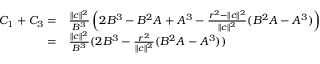
\begin{array} { r l } { C _ { 1 } + C _ { 3 } = } & { \frac { \| c \| ^ { 2 } } { B ^ { 3 } } \left( 2 B ^ { 3 } - B ^ { 2 } A + A ^ { 3 } - \frac { r ^ { 2 } - \| c \| ^ { 2 } } { \| c \| ^ { 2 } } ( B ^ { 2 } A - A ^ { 3 } ) \right) } \\ { = } & { \frac { \| c \| ^ { 2 } } { B ^ { 3 } } ( 2 B ^ { 3 } - \frac { r ^ { 2 } } { \| c \| ^ { 2 } } ( B ^ { 2 } A - A ^ { 3 } ) ) } \end{array}